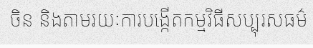
ចិន និងតាមរយៈការបង្កើតកម្មវិធីសប្បុរសធម៌